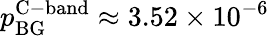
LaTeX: p_{\mathrm{BG}}^{\mathrm{C-band}}\approx 3.52\times 10^{-6}